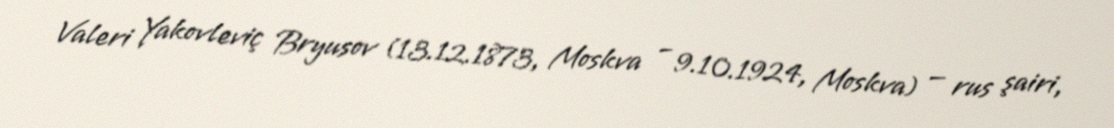
Valeri Yakovleviç Bryusov (13.12.1873, Moskva – 9.10.1924, Moskva) — rus şairi,